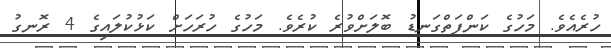
ހުރެއެވެ. މަހުގެ ކަންފަތްގަނޑު ބޮލަށްވުރެ ކުރެވެ. މަހުގެ ހުރަހަށް ކަޅުކުލައިގެ 4 ރޮނގު